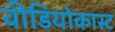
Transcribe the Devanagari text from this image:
वीडियोकास्ट